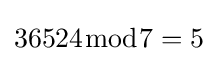
36524{\bmod {7}}=5